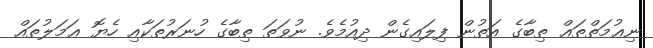
ނިޢުމަތްތަޢް ތިބާގެ އަތުން ފިލައިގެން ދިއުމެވެ. ނުވަތަ ތިބާގެ ހުނަރުތަކާއި ހެޔޮ ޢަމަލުތައް